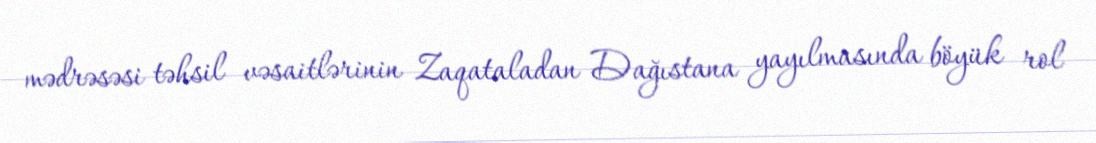
mədrəsəsi təhsil vəsaitlərinin Zaqataladan Dağıstana yayılmasında böyük rol